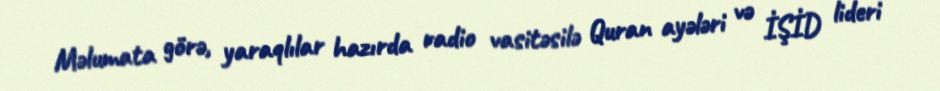
Məlumata görə, yaraqlılar hazırda radio vasitəsilə Quran ayələri və İŞİD lideri